65_HS1-834228961_62-HQ-83894_Section_6
Agency: FBI
Page 188
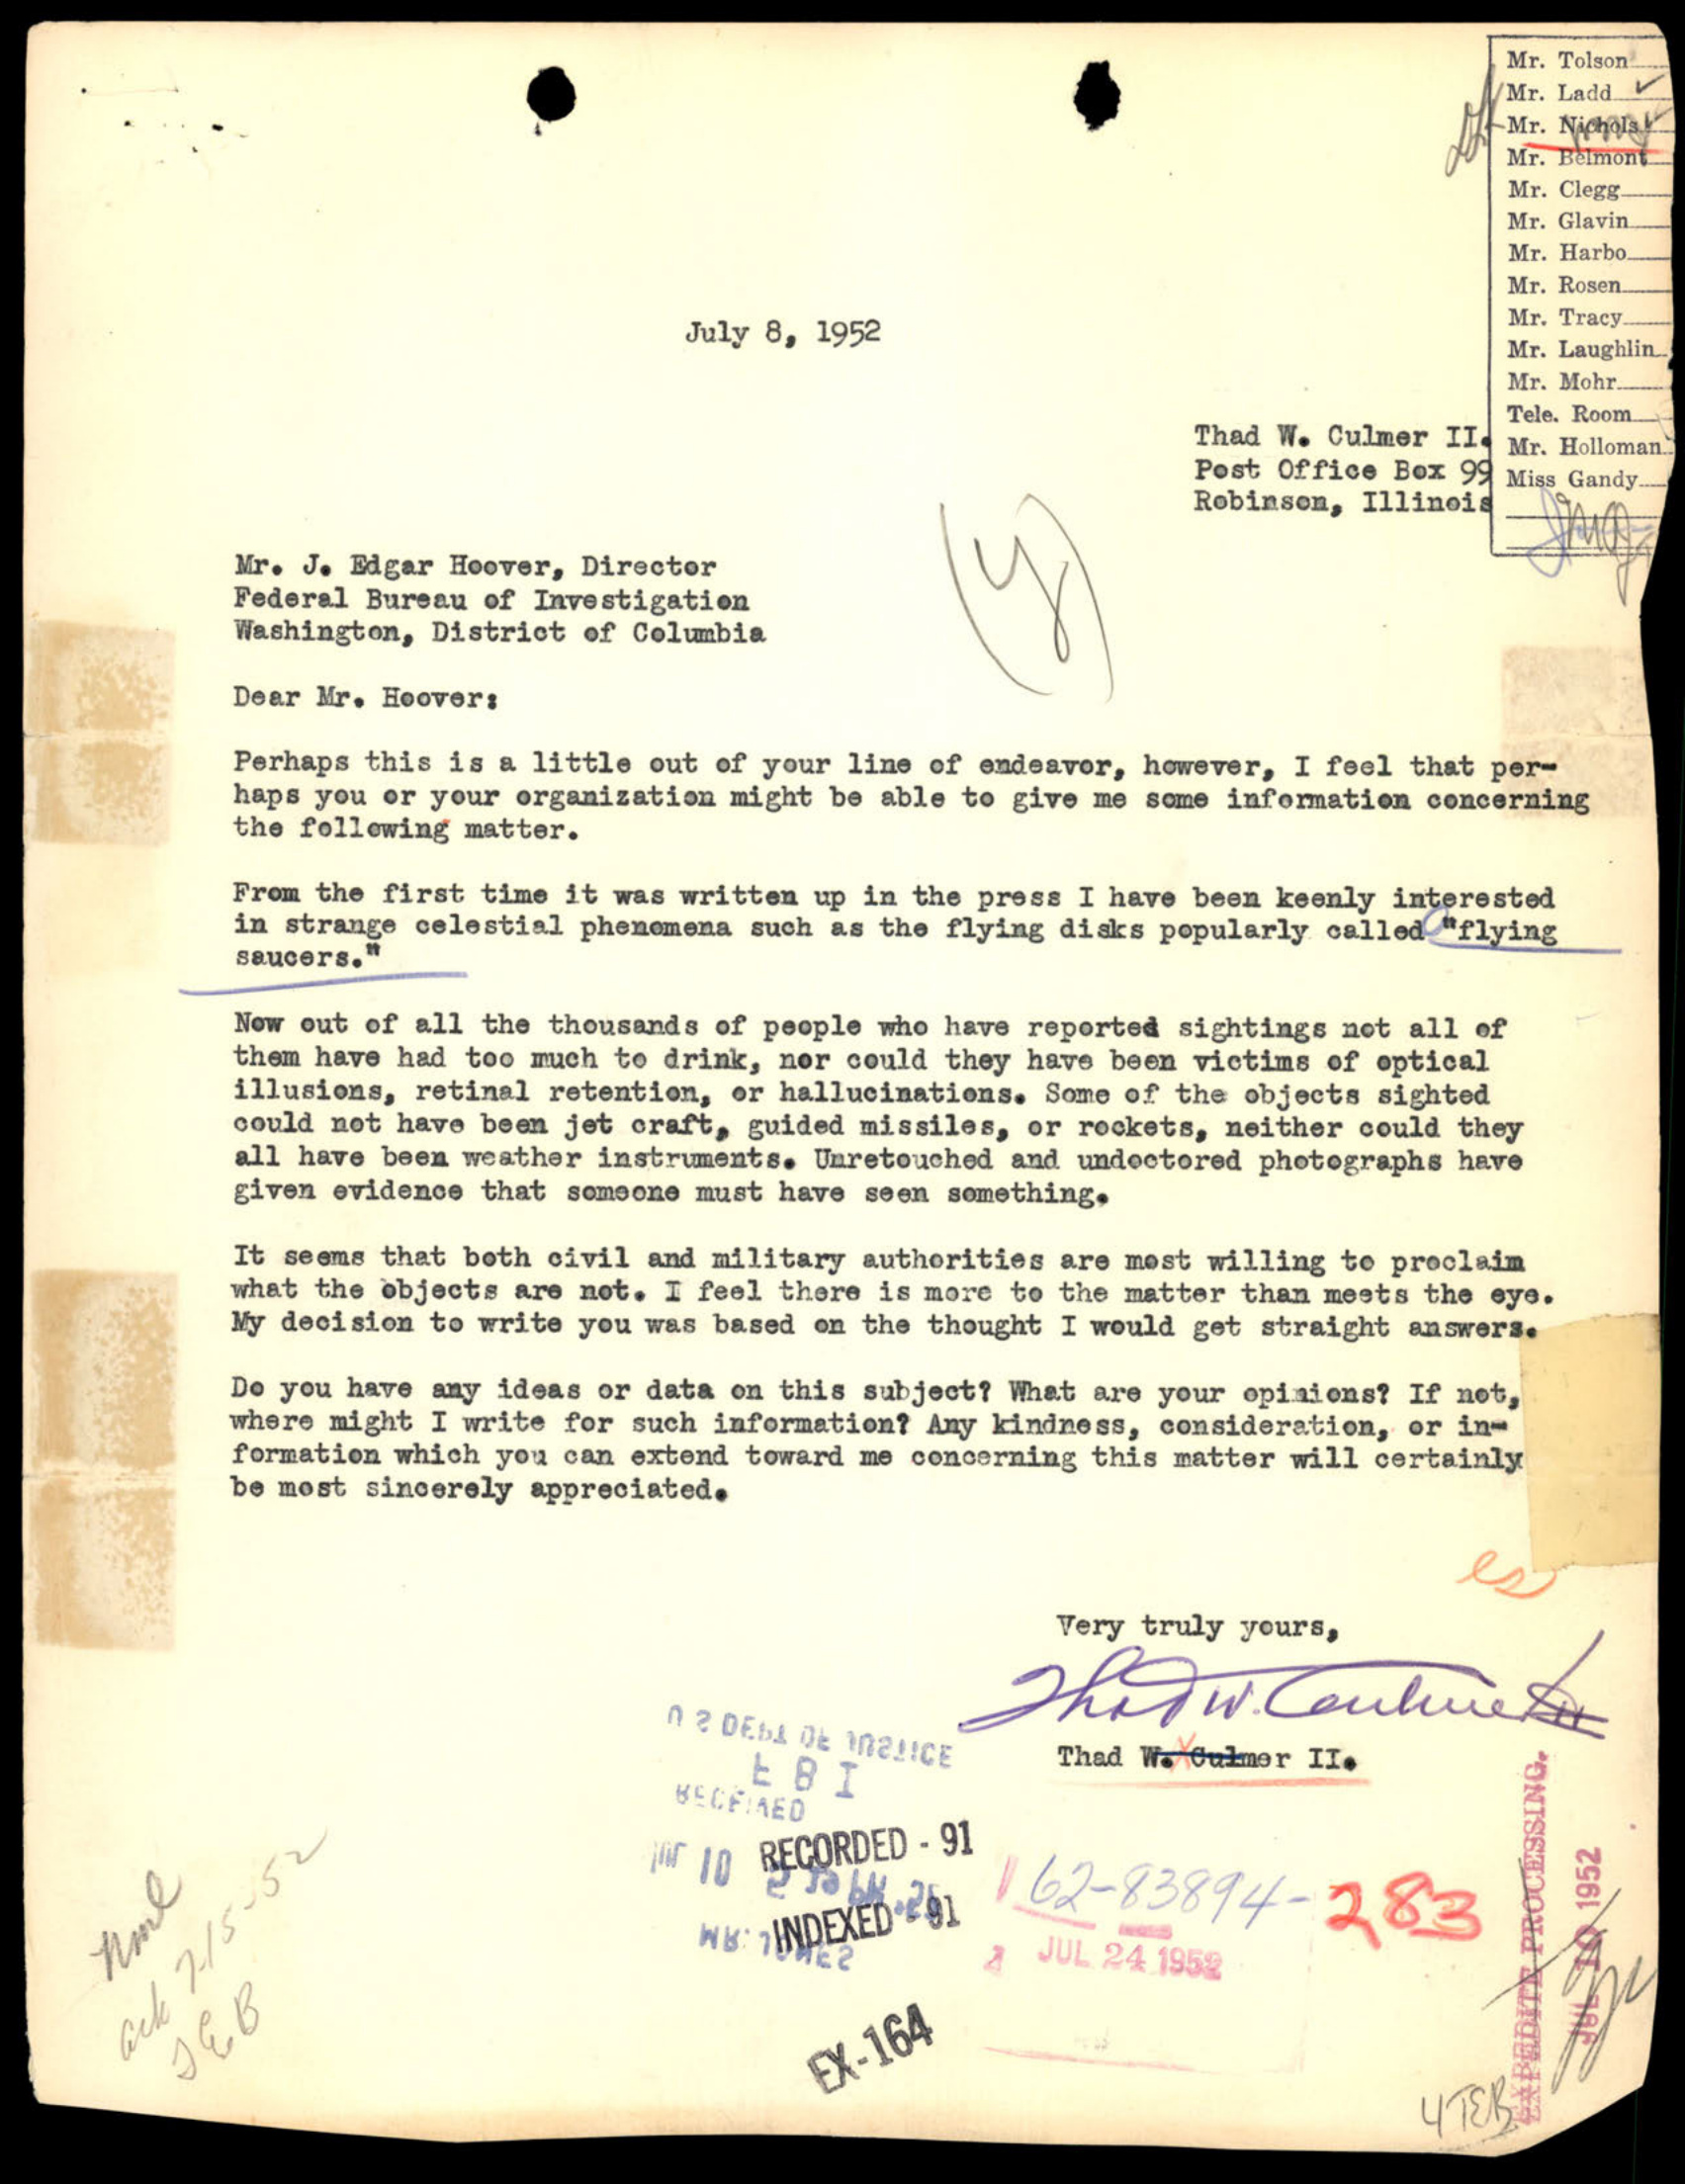